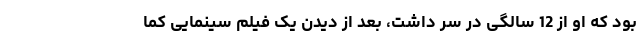
بود که او از 12 سالگی در سر داشت، بعد از دیدن یک فیلم سینمایی کما